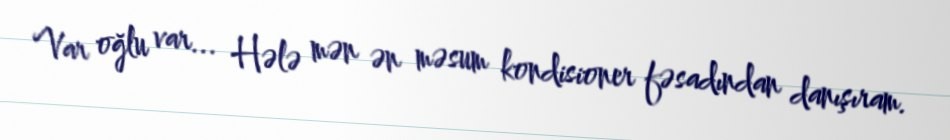
Var oğlu var... Hələ mən ən məsum kondisioner fəsadından danışıram.